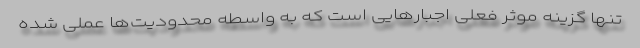
تنها گزینه موثر فعلی اجبارهایی است که به واسطه محدودیت‌ها عملی شده